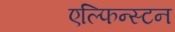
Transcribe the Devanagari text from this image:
एल्फिन्‍स्टन